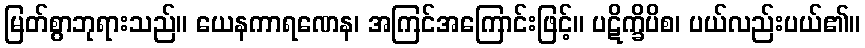
မြတ်စွာဘုရားသည်။ ယေနကာရဏေန၊ အကြင်အကြောင်းဖြင့်။ ပဋိက္ခိပိစ၊ ပယ်လည်းပယ်၏။